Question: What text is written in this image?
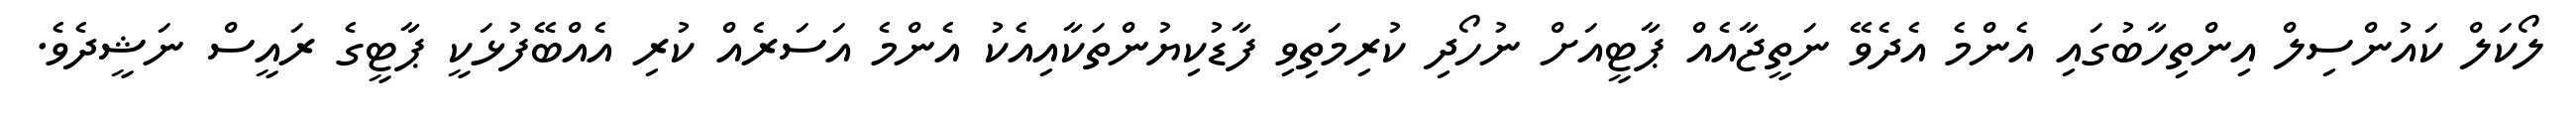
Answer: ލޯކަލް ކައުންސިލް އިންތިހާބުގައި އެންމެ އެދެވޭ ނަތީޖާއެއް ޕާޓީއަށް ނުހޯދި ކުރިމަތިވި ފާޑުކިޔުންތަކާއިއެކު އެންމެ އަސަރެއް ކުރި އެއްބޭފުޅަކީ ޕާޓީގެ ރައީސް ނަޝީދެވެ.